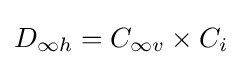
{{D}_{\infty h}}={{C}_{\infty v}}\times {{C}_{i}}